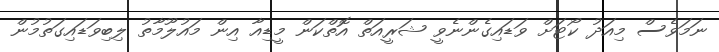
ނަމަވެސް މިއަދު ކޯޓަށް ވަޑައިގެންނެވީ ޝަރީއަތް އޮތްކަން މީޑިއާ އިން މައުލޫމާތު ލިބިވަޑައިގަތުމުން